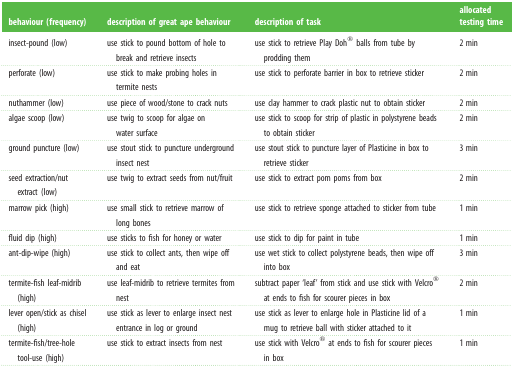
| behaviour (frequency) | description of great ape behaviour | description of task | allocated testing time |
 | --- | --- | --- | --- |
 | insect-pound (low) | use stick to pound bottom of hole to break and retrieve insects | use stick to retrieve Play Doh® balls from tube by prodding them | 2 min |
 | perforate (low) | use stick to make probing holes in termite nests | use stick to perforate barrier in box to retrieve sticker | 2 min |
 | nuthammer (low) | use piece of wood/stone to crack nuts | use clay hammer to crack plastic nut to obtain sticker | 2 min |
 | algae scoop (low) | use twig to scoop for algae on water surface | use stick to scoop for strip of plastic in polystyrene beads to obtain sticker | 2 min |
 | ground puncture (low) | use stout stick to puncture underground insect nest | use stout stick to puncture layer of Plasticine in box to retrieve sticker | 3 min |
 | seed extraction/nut extract (low) | use twig to extract seeds from nut/fruit | use stick to extract pom poms from box | 2 min |
 | marrow pick (high) | use small stick to retrieve marrow of long bones | use stick to retrieve sponge attached to sticker from tube | 1 min |
 | fluid dip (high) | use sticks to fish for honey or water | use stick to dip for paint in tube | 1 min |
 | ant-dip-wipe (high) | use stick to collect ants, then wipe off and eat | use wet stick to collect polystyrene beads, then wipe off into box | 3 min |
 | termite-fish leaf-midrib (high) | use leaf-midrib to retrieve termites from nest | subtract paper ‘leaf’ from stick and use stick with Velcro® at ends to fish for scourer pieces in box | 2 min |
 | lever open/stick as chisel (high) | use stick as lever to enlarge insect nest entrance in log or ground | use stick as lever to enlarge hole in Plasticine lid of a mug to retrieve ball with sticker attached to it | 1 min |
 | termite-fish/tree-hole tool-use (high) | use stick to extract insects from nest | use stick with Velcro® at ends to fish for scourer pieces in box | 1 min |